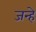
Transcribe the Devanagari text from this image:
जन्हे